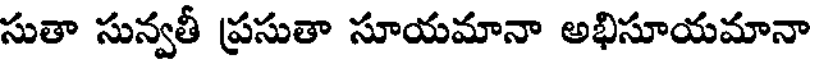
సుతా సున్వతీ ప్రసుతా సూయమానా అభిసూయమానా